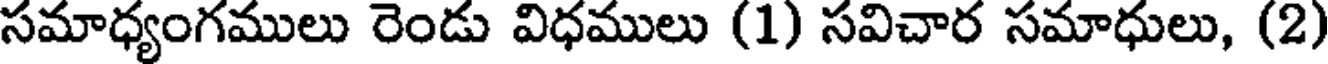
సమాధ్యంగములు రెండు విధములు (1) సవిచార సమాధులు, (2)